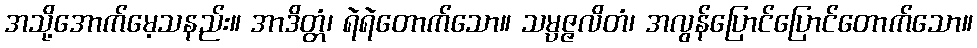
အသို့အောက်မေ့သနည်း။ အာဒိတ္တံ၊ ရဲရဲတောက်သော။ သမ္ပဇ္ဇလိတံ၊ အလွန်ပြောင်ပြောင်တောက်သော။